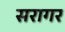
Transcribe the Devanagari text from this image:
सरागर